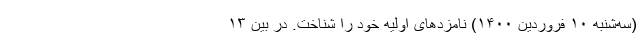
(سه‌شنبه ۱۰ فروردین ۱۴۰۰) نامزد‌های اولیه خود را شناخت. در بین ۱۳